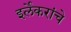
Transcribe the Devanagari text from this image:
इर्लेकरांचे